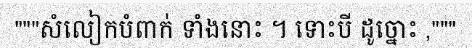
"""សំលៀកបំពាក់ ទាំងនោះ ។ ទោះបី ដូច្នោះ ,"""